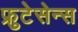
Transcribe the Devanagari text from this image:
फ्रुटेसेन्स